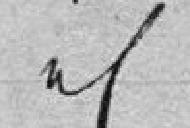
iddem